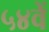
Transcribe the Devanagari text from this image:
५४वें